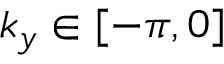
k _ { y } \in [ - \pi , 0 ]